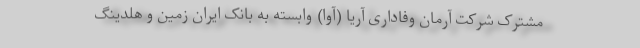
مشترک شرکت آرمان وفاداری آریا (آوا) وابسته به بانک ایران زمین و هلدینگ